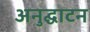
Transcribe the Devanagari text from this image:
अनुद्घाटन